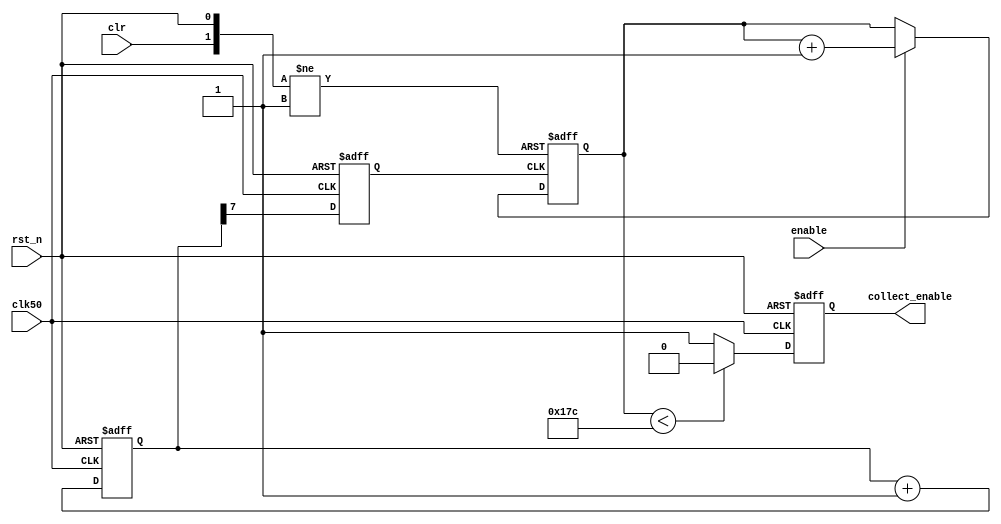
// synch_timer.v

`timescale 1 ns / 100 ps
module synch_timer 
  ( clk50, rst_n, enable, clr, collect_enable);

input         clk50;                   
input         rst_n;
input         clr;                  
input         enable;                 
            
output reg    collect_enable;

reg  [14:0] counter;
reg  [7:0]  div_count;
reg         div_clk;

always @(posedge clk50 or negedge rst_n) 
  if (!rst_n) 
  begin
    div_count <= 8'b0;
    div_clk <= 1'b0;
  end 
  else 
  begin
    div_count <= div_count + 1;
    div_clk <= div_count[7]; //Flip div_clk every 2^8 cycles
  end 

always @(posedge div_clk or negedge rst_n or posedge clr) 
if (!rst_n) 
  begin
    counter  <= 15'h0000;
   end 
else if (clr) 
     begin           
       counter <=  15'h0000; 
     end  
else
     if (enable) 
     begin
       counter <= counter + 1; 
     end
//   end

always @(posedge clk50 or negedge rst_n) 
  if (!rst_n) 
  begin
     collect_enable <= 1'b0;    
  end 
  else 
  begin
    if (counter < 380) //Collect time = counter*2^8*2E-8 (s)
      collect_enable <= 1'b0;
    else
      collect_enable <= 1'b1;
  end

endmodule